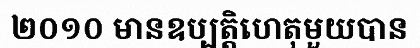
២០១០ មានឧប្បត្តិហេតុមួយបាន